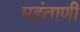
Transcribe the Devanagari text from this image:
महंताणी